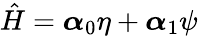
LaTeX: \hat{H}=\boldsymbol{\alpha}_{0}\eta+\boldsymbol{\alpha}_{1}\psi